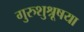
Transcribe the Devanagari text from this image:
गुरुशुश्रूषया